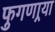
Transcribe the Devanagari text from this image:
फुगणार्‍या